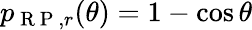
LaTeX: p_{\mathrm{~R~P~},r}(\theta)=1-\cos\theta